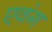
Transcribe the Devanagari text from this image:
एवंग